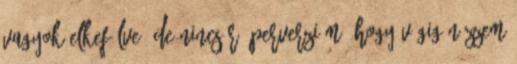
vagyok elkefélve, de nincs rá perverzióm, hogy végig nézzem